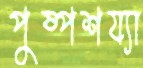
পুষ্পশয্যা